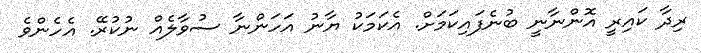
ރިދާ ކައިރީ އޮންނާނީ ބުނެފައިކަމަށް. އެކަމަކު ޔާނު އަހަންނާ ސުވާލެއް ނުކުރޭ. އެހެންވެ